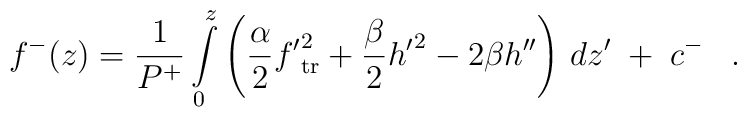
f^-(z) =  {1\over P^+} \int\limits_0^z\left({\alpha\over 2} {f'}_{\rm tr}^2 + {\beta\over 2}{h'}^2 -2\beta h''\right)\,dz'\;+\;c^-\;\;\;.